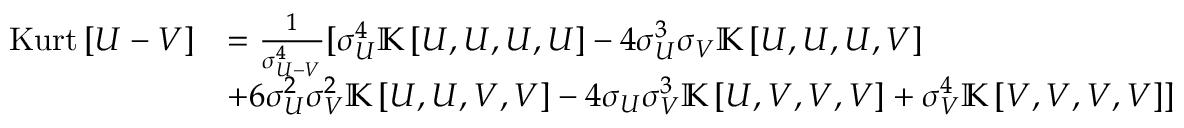
\begin{array} { r l } { \mathrm { K u r t } \left[ U - V \right] } & { = \frac { 1 } { \sigma _ { U - V } ^ { 4 } } [ \sigma _ { U } ^ { 4 } \mathbb { K } \left[ U , U , U , U \right] - 4 \sigma _ { U } ^ { 3 } \sigma _ { V } \mathbb { K } \left[ U , U , U , V \right] } \\ & { + 6 \sigma _ { U } ^ { 2 } \sigma _ { V } ^ { 2 } \mathbb { K } \left[ U , U , V , V \right] - 4 \sigma _ { U } \sigma _ { V } ^ { 3 } \mathbb { K } \left[ U , V , V , V \right] + \sigma _ { V } ^ { 4 } \mathbb { K } \left[ V , V , V , V \right] ] } \end{array}